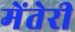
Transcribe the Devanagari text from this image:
मेंतेरी